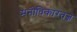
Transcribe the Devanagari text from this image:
मनोविकारतज्ञ